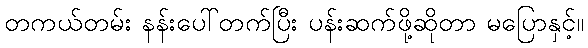
တကယ်တမ်း နန်းပေါ်တက်ပြီး ပန်းဆက်ဖို့ဆိုတာ မပြောနှင့်။